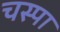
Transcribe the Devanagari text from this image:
चस्‍पा